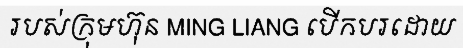
របស់ក្រុមហ៊ុន MING LIANG បើកបរដោយ